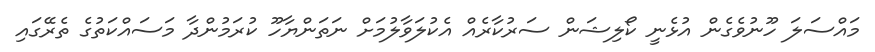
މައްސަލަ ހޫނުވެގެން އުޅެނީ ކޯލިޝަން ސަރުކާރެއް އެކުލަވާލުމަށް ނަތަންޔާހޫ ކުރަމުންދާ މަސައްކަތުގެ ތެރޭގައި